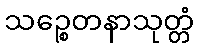
သဉ္စေတနာသုတ္တံ